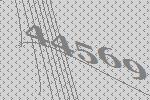
44569